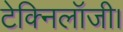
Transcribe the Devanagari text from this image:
टेक्निलॉजी।